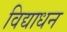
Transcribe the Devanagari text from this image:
विद्याधन